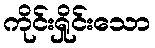
ကိုင်းရှိုင်းသော